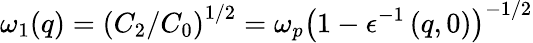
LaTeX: \omega_{1}(q)=\left(C_{2}/C_{0}\right)^{1/2}=\omega_{p}\left(1-\epsilon^{-1}\left(q,0\right)\right)^{-1/2}